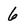
Character: 6